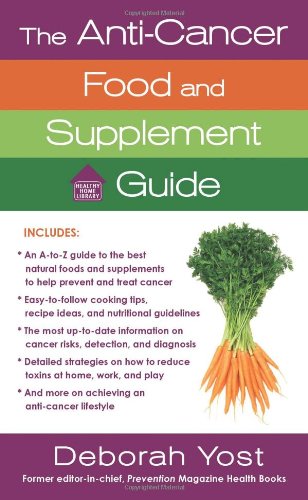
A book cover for The Anti-Cancer Food and Supplement Guide: How to Protect Yourself and Enhance Your Health (Healthy Home Library); Deborah Yost; Health, Fitness & Dieting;